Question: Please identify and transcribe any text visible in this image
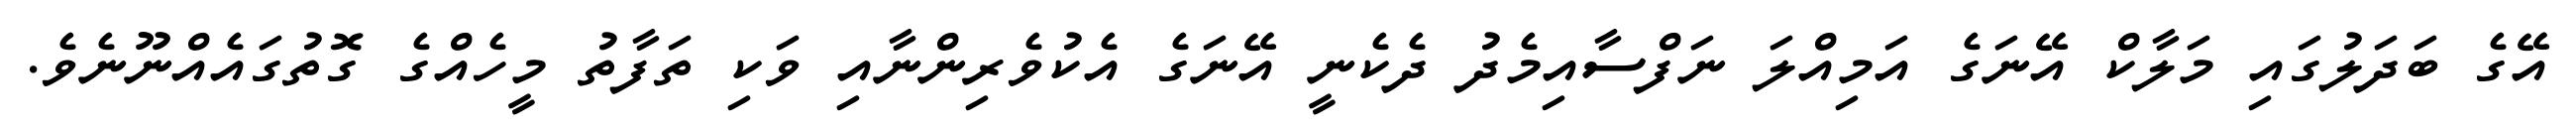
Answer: އޭގެ ބަދަލުގައި މަލާކް އޭނަގެ އަމިއްލަ ނަފްސާއިމެދު ދެކެނީ އޭނަގެ އެކުވެރިންނާއި ވަކި ތަފާތު މީހެއްގެ ގޮތުގައެއްނޫނެވެ.